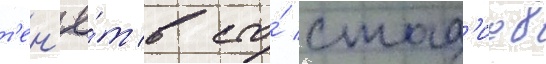
т'ен'ё́т в сто́ стад'иев